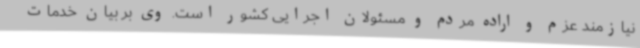
نیازمند عزم و اراده مردم و مسئولان اجرایی کشور است. وی بر بیان خدمات